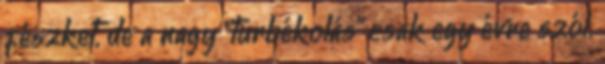
fészket, de a nagy "turbékolás" csak egy évre szól.